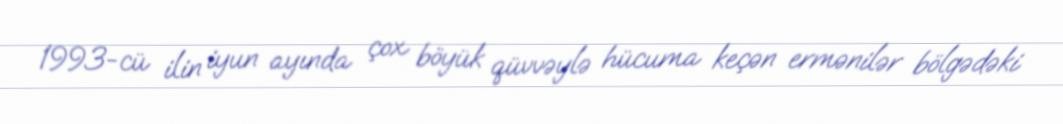
1993-cü ilin iyun ayında çox böyük qüvvəylə hücuma keçən ermənilər bölgədəki